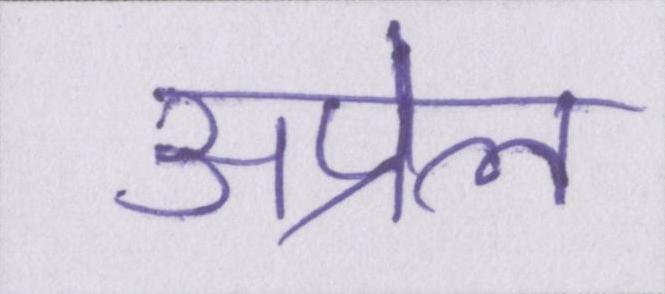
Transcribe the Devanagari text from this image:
अप्रेल